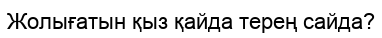
Жолығатын қыз қайда терең сайда?